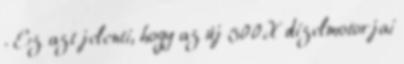
. Ez azt jelenti, hogy az új 500X dízelmotorjai